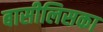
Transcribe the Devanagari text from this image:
बासीलिसका